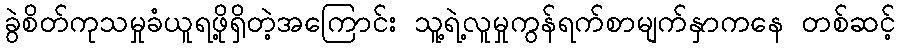
ခွဲစိတ်ကုသမှုခံယူရဖို့ရှိတဲ့အကြောင်း သူ့ရဲ့လူမှုကွန်ရက်စာမျက်နှာကနေ တစ်ဆင့်